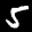
Label: 5